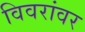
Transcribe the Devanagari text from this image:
विवरांवर